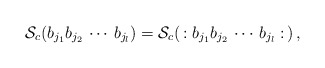
\begin{align*}{\cal S}_c (b_{j_1} b_{j_2} \, \cdots \, b_{j_l}) = {\cal S}_c (\, : b_{j_1} b_{j_2} \, \cdots \, b_{j_l} : \, ) \, , \end{align*}